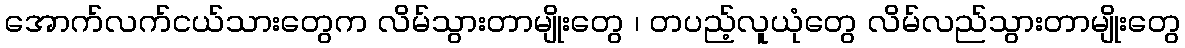
အောက်လက်ငယ်သားတွေက လိမ်သွားတာမျိုးတွေ ၊ တပည့်လူယုံတွေ လိမ်လည်သွားတာမျိုးတွေ